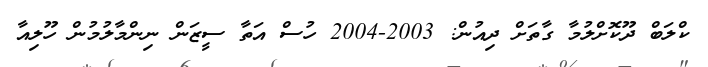
ކްލަބް ދޫކޮށްލުމާ ގާތަށް ދިއުން: 2003-2004 ހުސް އަތާ ސީޒަން ނިންމާލުމުން ހޫލިއާ